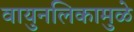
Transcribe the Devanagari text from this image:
वायुनलिकामुळे